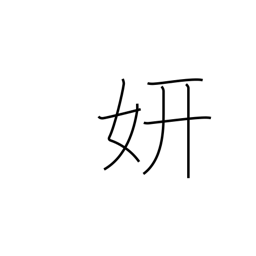
Meaning: splendor